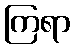
ကြရာ